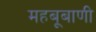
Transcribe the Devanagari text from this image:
महबूबाणी